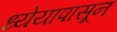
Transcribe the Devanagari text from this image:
ध्येयापासून